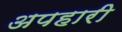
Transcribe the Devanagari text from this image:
अपहारी